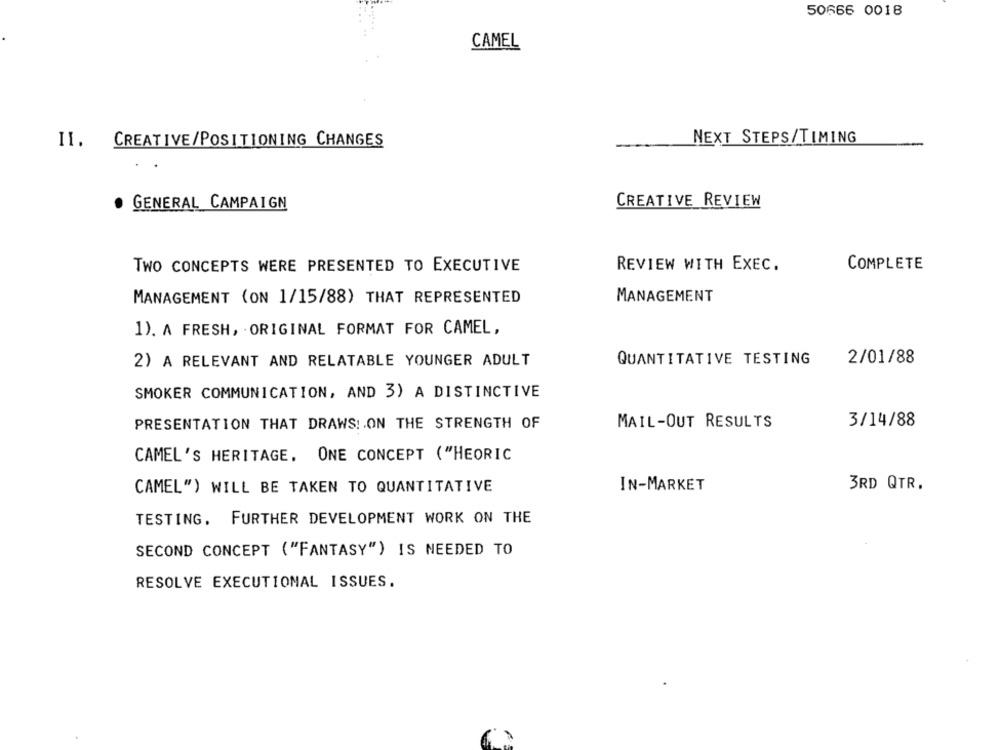
50666 0018
CAMEL
NEXT STEPS/TIMING
II. CREATIVE/POSITIONING CHANGES
CREATIVE REVIEW
GENERAL CAMPAIGN
TWO CONCEPTS WERE PRESENTED TO EXECUTIVE
REVIEW WITH EXEC.
COMPLETE
MANAGEMENT (ON 1/15/88) THAT REPRESENTED
MANAGEMENT
1). A FRESH, ORIGINAL FORMAT FOR CAMEL,
2/01/88
2) A RELEVANT AND RELATABLE YOUNGER ADULT
QUANTITATIVE TESTING
SMOKER COMMUNICATION, AND 3) A DISTINCTIVE
PRESENTATION THAT DRAWS! ON THE STRENGTH OF
MAIL-OUT RESULTS
3/14/88
CAMEL'S HERITAGE. ONE CONCEPT ( "HEORIC
IN-MARKET
3RD QTR.
CAMEL") WILL BE TAKEN TO QUANTITATIVE
TESTING, FURTHER DEVELOPMENT WORK ON THE
SECOND CONCEPT ("FANTASY") IS NEEDED TO
RESOLVE EXECUTIONAL ISSUES.